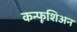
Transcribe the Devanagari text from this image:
कन्फूशिअन